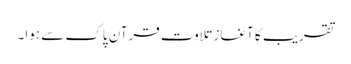
تقریب کا آغاز تلاوت قرآن پاک سے ہوا۔